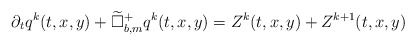
\begin{align*}\partial_t q^k(t, x, y)+\widetilde{\Box}^+_{b,m}q^k(t, x, y)=Z^k(t, x, y)+Z^{k+1}(t, x, y)\end{align*}